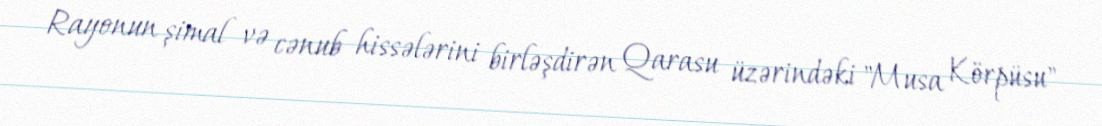
Rayonun şimal və cənub hissələrini birləşdirən Qarasu üzərindəki "Musa Körpüsu"